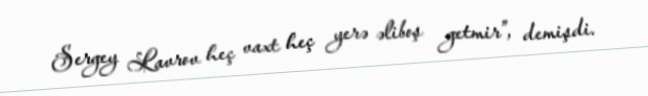
Sergey Lavrov heç vaxt heç yerə əliboş getmir”, demişdi.